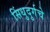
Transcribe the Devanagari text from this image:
सिंधुदुर्गचे